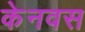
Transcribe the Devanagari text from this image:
केनवस